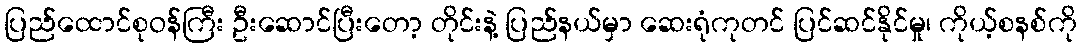
ပြည်ထောင်စုဝန်ကြီး ဦးဆောင်ပြီးတော့ တိုင်းနဲ့ ပြည်နယ်မှာ ဆေးရုံကုတင် ပြင်ဆင်နိုင်မှု၊ ကိုယ့်စနစ်ကို